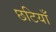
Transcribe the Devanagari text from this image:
छटियाँ